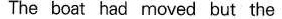
The boat had moved but the